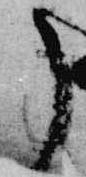
了